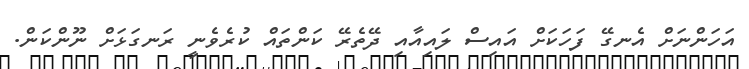
އަހަންނަށް އެނގޭ ފަހަކަށް އައިސް ލައިއާއި ދޭތެރޭ ކަންތައް ކުރެވެނީ ރަނގަޅަށް ނޫންކަން.